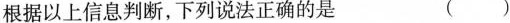
根据以上信息判断，下列说法正确的是 ()